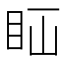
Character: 𥄝